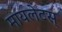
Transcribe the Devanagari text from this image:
मायलेटस्